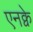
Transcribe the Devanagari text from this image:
एनक्वे